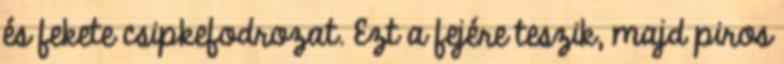
és fekete csipkefodrozat. Ezt a fejére teszik, majd piros